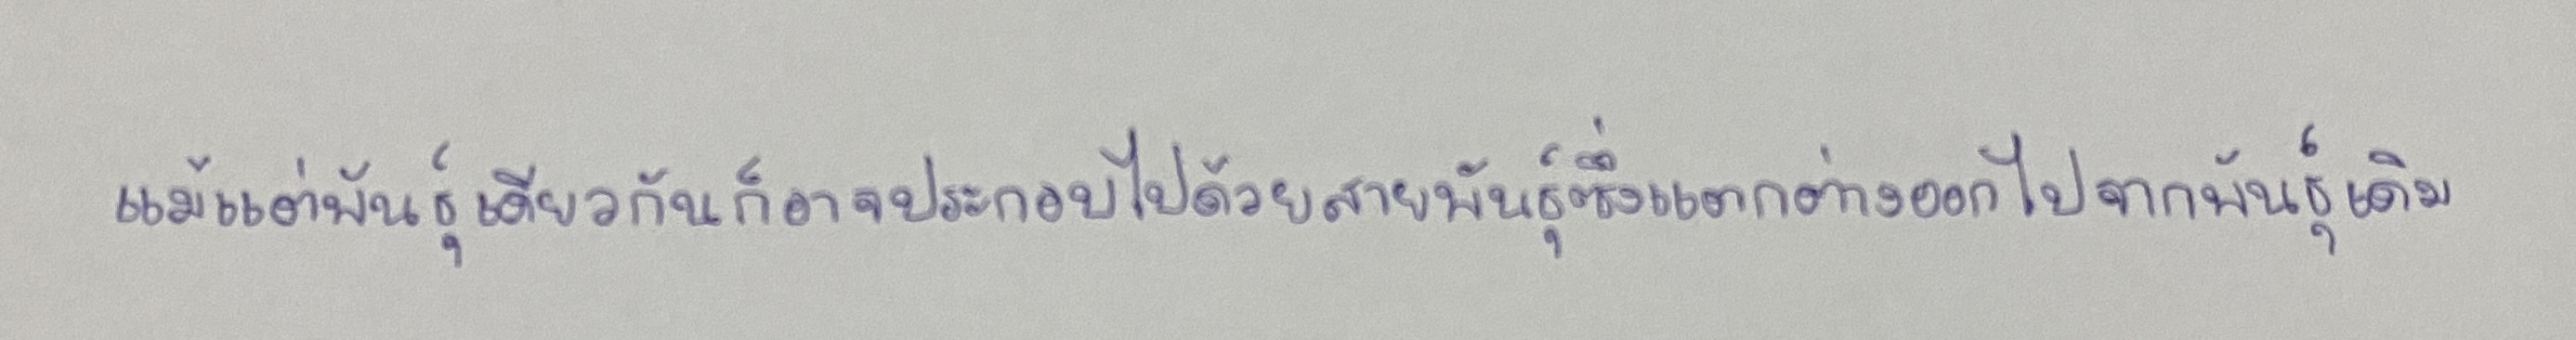
แม้แต่พันธุ์เดียวกันก็อาจประกอบไปด้วยสายพันธุ์ซึ่งแตกต่างออกไปจากพันธุ์เดิม